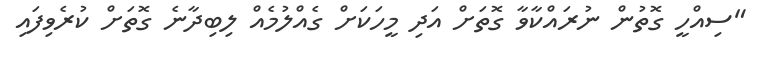
"ސިއްހީ ގޮތުން ނުރައްކާވާ ގޮތަށް އަދި މީހަކަށް ގެއްލުމެއް ލިބިދާނެ ގޮތަށް ކުރެވިފައި